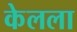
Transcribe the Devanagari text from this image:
केलला